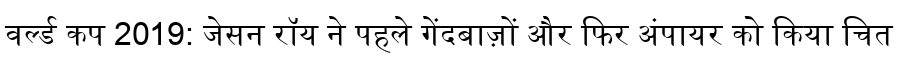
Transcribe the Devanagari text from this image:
वर्ल्ड कप 2019: जेसन रॉय ने पहले गेंदबाज़ों और फिर अंपायर को किया चित